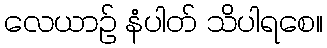
လေယာဉ် နံပါတ် သိပါရစေ။